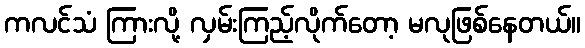
ကလင်သံ ကြားလို့ လှမ်းကြည့်လိုက်တော့ မလုဖြစ်နေတယ်။